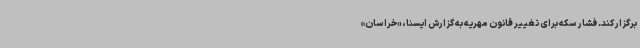
برگزار کند. فشار سکه برای تغییر قانون مهریه به گزارش ایسنا، «خراسان»